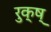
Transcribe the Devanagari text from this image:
रुक्ष्